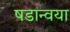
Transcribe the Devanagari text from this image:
षडान्वया